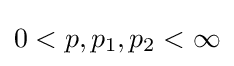
0<p,p_{1},p_{2}<\infty